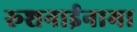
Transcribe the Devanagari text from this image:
रूशनाईनामा